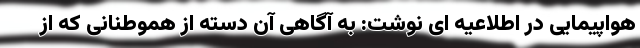
هواپیمایی در اطلاعیه ای نوشت: به آگاهی آن دسته از هموطنانی که از